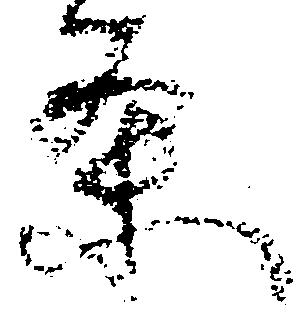
条